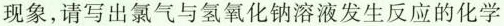
现象，请写出氯气与氢氧化钠溶液发生反应的化学